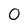
Character: O